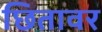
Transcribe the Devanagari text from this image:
छितावर